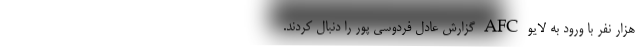
هزار نفر با ورود به لایو AFC گزارش عادل فردوسی پور را دنبال کردند.